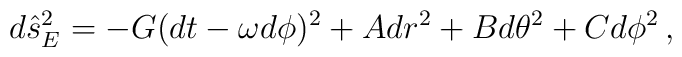
d\hat{s}_{E}^{2} = -G(dt - \omega d\phi)^2 +A dr^2 +B d\theta^2 +C d\phi^2\, ,